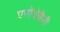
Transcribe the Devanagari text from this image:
एपोथेकैरी